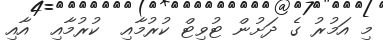
މި އަމުރު ގެ ދަށުން ޓުވިޓް ކުރުމާއި  ކުރުމާއި  އާއި